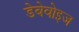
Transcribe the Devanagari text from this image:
डेबेवोइज